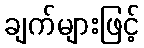
ချက်များဖြင့်